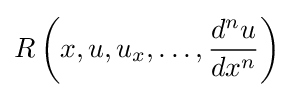
R\left(x,u,u_{x},\ldots ,{\frac {d^{n}u}{dx^{n}}}\right)